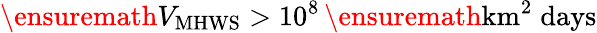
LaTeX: \ensuremath{V_{\mathrm{MHWS}}}>10^{8}\, \ensuremath{\mathrm{km^{2}\; days}}